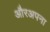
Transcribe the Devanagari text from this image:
औरअपना